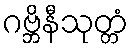
ဂဗ္ဘိနီသုတ္တံ